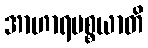
အာဟာရပစ္စယာတိ